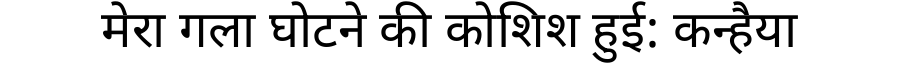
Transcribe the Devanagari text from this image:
मेरा गला घोटने की कोशिश हुई: कन्हैया